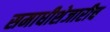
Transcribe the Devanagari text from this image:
समाधीशेजारीच